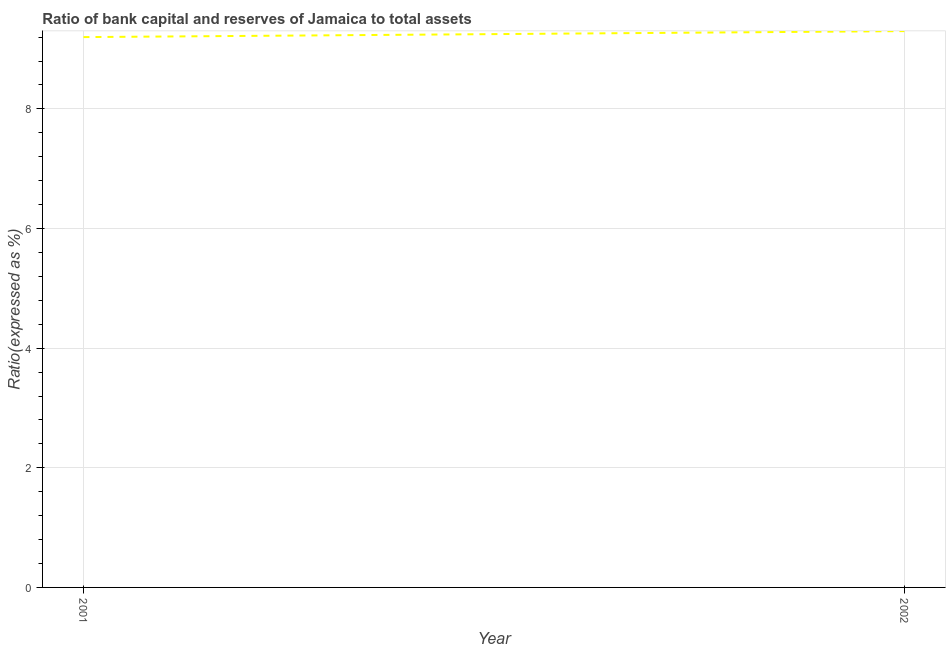
| Year | Bank capital to assets ratio |
 | --- | --- |
 | 2001 | 9.2 |
 | 2002 | 9.3 |